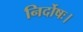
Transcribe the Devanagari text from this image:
निर्दोषः।